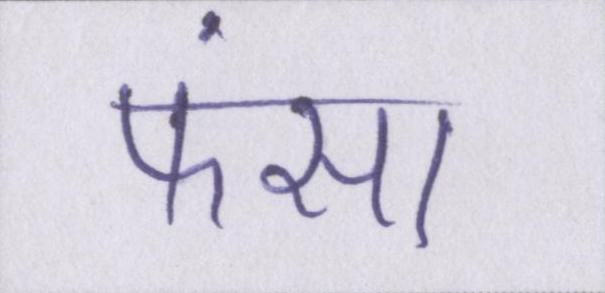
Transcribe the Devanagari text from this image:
फंसा